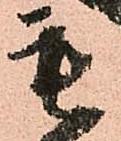
毛